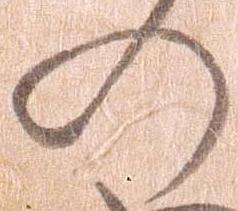
の